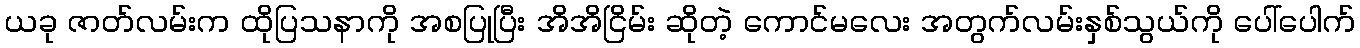
ယခု ဇာတ်လမ်းက ထိုပြသနာကို အစပြုပြီး အိအိငြိမ်း ဆိုတဲ့ ကောင်မလေး အတွက်လမ်းနှစ်သွယ်ကို ပေါ်ပေါက်